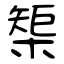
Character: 榘